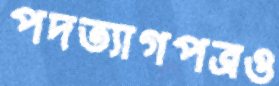
পদত্যাগপত্রও